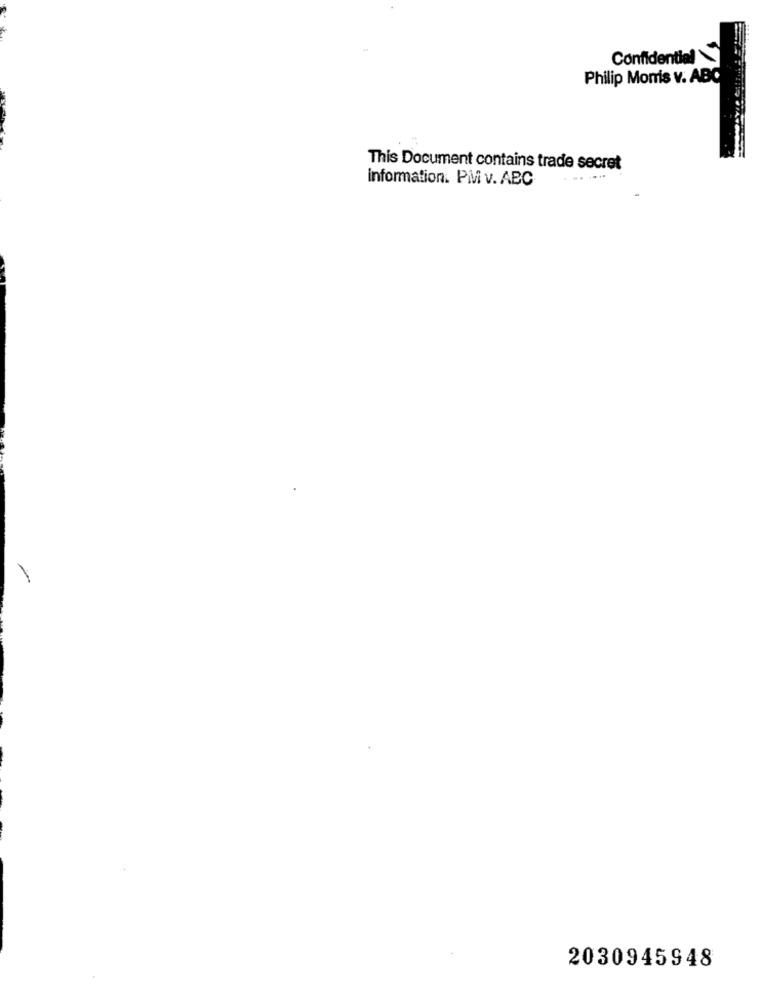
Confidential
Philip Morris v. ABC
This Document contains trade secret
information. PM v. ABC
2030945948